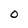
Character: o